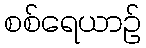
စစ်ရေယာဉ်